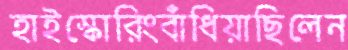
হাইস্কোরিংবাঁধিয়াছিলেন